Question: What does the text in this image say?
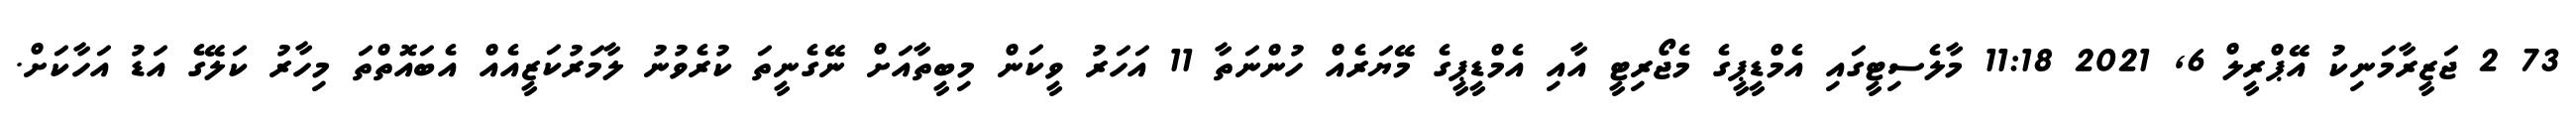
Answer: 73 2 ޖަޒީރާމަނިކު އޭޕްރީލް 6, 2021 11:18 މާލެސިޓީގައި އެމްޑީޕީގެ މެޖޯރިޓީ އާއި އެމްޑީޕީގެ މޭޔަރެއް ހުންނަތާ 11 އަހަރު ވީކަން މިބީތާއަށް ނޭގެނީތަ ކުރެވުނު ލާމަރުކަޒީއެއް އެބައޮތްތަ މިހާރު ކަލޭގެ އަޑު އަހާކަށް.